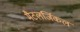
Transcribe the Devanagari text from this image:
मैटलर्जिकल